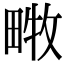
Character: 𤲧